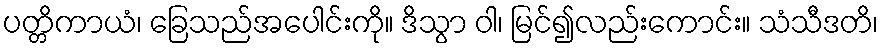
ပတ္တိကာယံ၊ ခြေသည်အပေါင်းကို။ ဒိသွာ ဝါ၊ မြင်၍လည်းကောင်း။ သံသီဒတိ၊